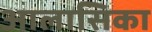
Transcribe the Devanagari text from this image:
आलासिका